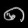
Digit: ၈